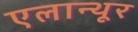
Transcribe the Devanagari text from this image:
एलान्थूर